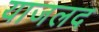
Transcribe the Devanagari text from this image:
याजलद